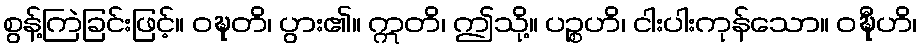
စွန့်ကြဲခြင်းဖြင့်။ ဝဍ္ဎတိ၊ ပွား၏။ ဣတိ၊ ဤသို့။ ပဉ္စဟိ၊ ငါးပါးကုန်သော။ ဝဍ္ဎီဟိ၊